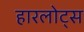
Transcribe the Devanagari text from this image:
हारलोट्स